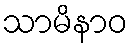
သာမိနာဝ